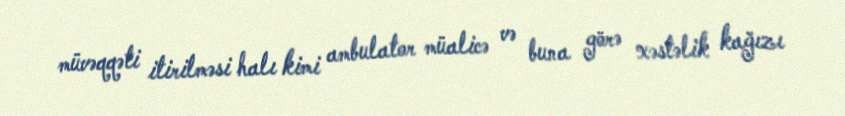
müvəqqəti itirilməsi halı kimi ambulator müalicə və buna görə xəstəlik kağızı